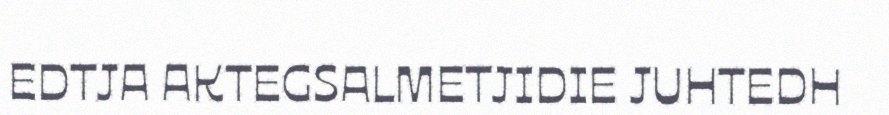
EDTJA AKTEGSALMETJIDIE JUHTEDH